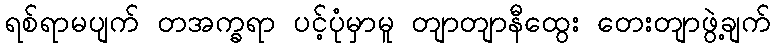
ရစ်ရာမပျက် တအက္ခရာ ပင့်ပုံမှာမူ တျာတျာနီထွေး တေးတျာဖွဲ့ချက်